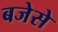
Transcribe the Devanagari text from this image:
बजेसे